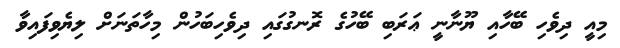
މިއީ ދިވެހި ބޭހާއި ޔޫނާނީ ޢަރަބި ބޭހުގެ ރޮނގުގައި ދިވެހިބަހުން މިހާތަނަށް ލިޔެވިފައިވާ